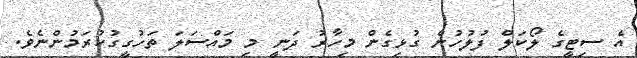
އެ ސިޓީގެ ލޯކަލް ފުލުހުން ގުޅިގެން މިހާރު ދަނީ މި މައްސަލަ ތަހުގީގުކުރަމުންނެވެ.